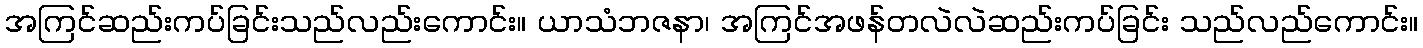
အကြင်ဆည်းကပ်ခြင်းသည်လည်းကောင်း။ ယာသံဘဇနာ၊ အကြင်အဖန်တလဲလဲဆည်းကပ်ခြင်း သည်လည်ကောင်း။